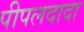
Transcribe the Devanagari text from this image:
पीपलदादा